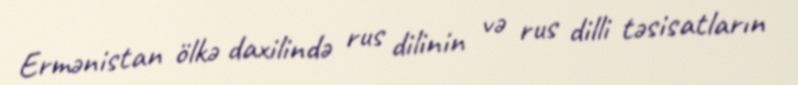
Ermənistan ölkə daxilində rus dilinin və rus dilli təsisatların